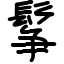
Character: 鬇